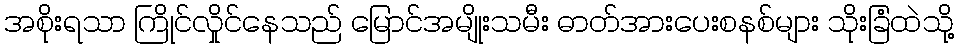
အစိုးရသာ ကြိုင်လှိုင်နေသည် မြောင်အမျိုးသမီး ဓာတ်အားပေးစနစ်များ သိုးခြံထဲသို့